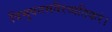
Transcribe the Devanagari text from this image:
त्रिभुवनमवैरव्यतिकरं।